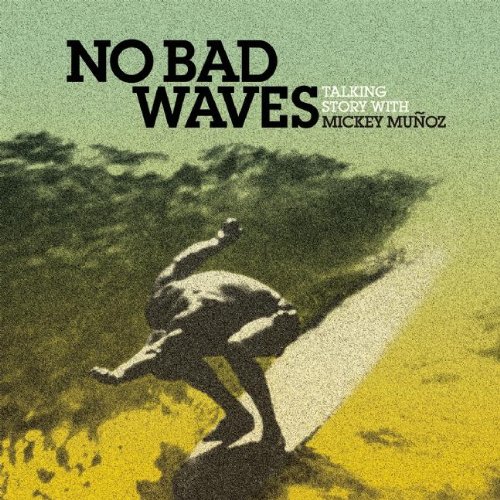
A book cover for No Bad Waves: Talking Story with Mickey Munoz; Sports & Outdoors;